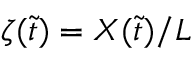
\zeta ( \tilde { t } ) = X ( \tilde { t } ) / L